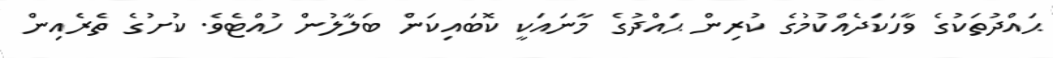
ޙައްދުތަކުގެ ވާހަކަދެއްކުމުގެ ކުރިން ޙައްދުގެ މާނައަކީ ކޮބައިކަން ބަލާލުން ހުއްޓެވެ. ކުށުގެ ތެރެއިން